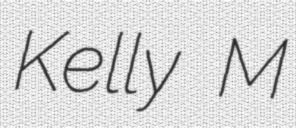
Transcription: Kelly M